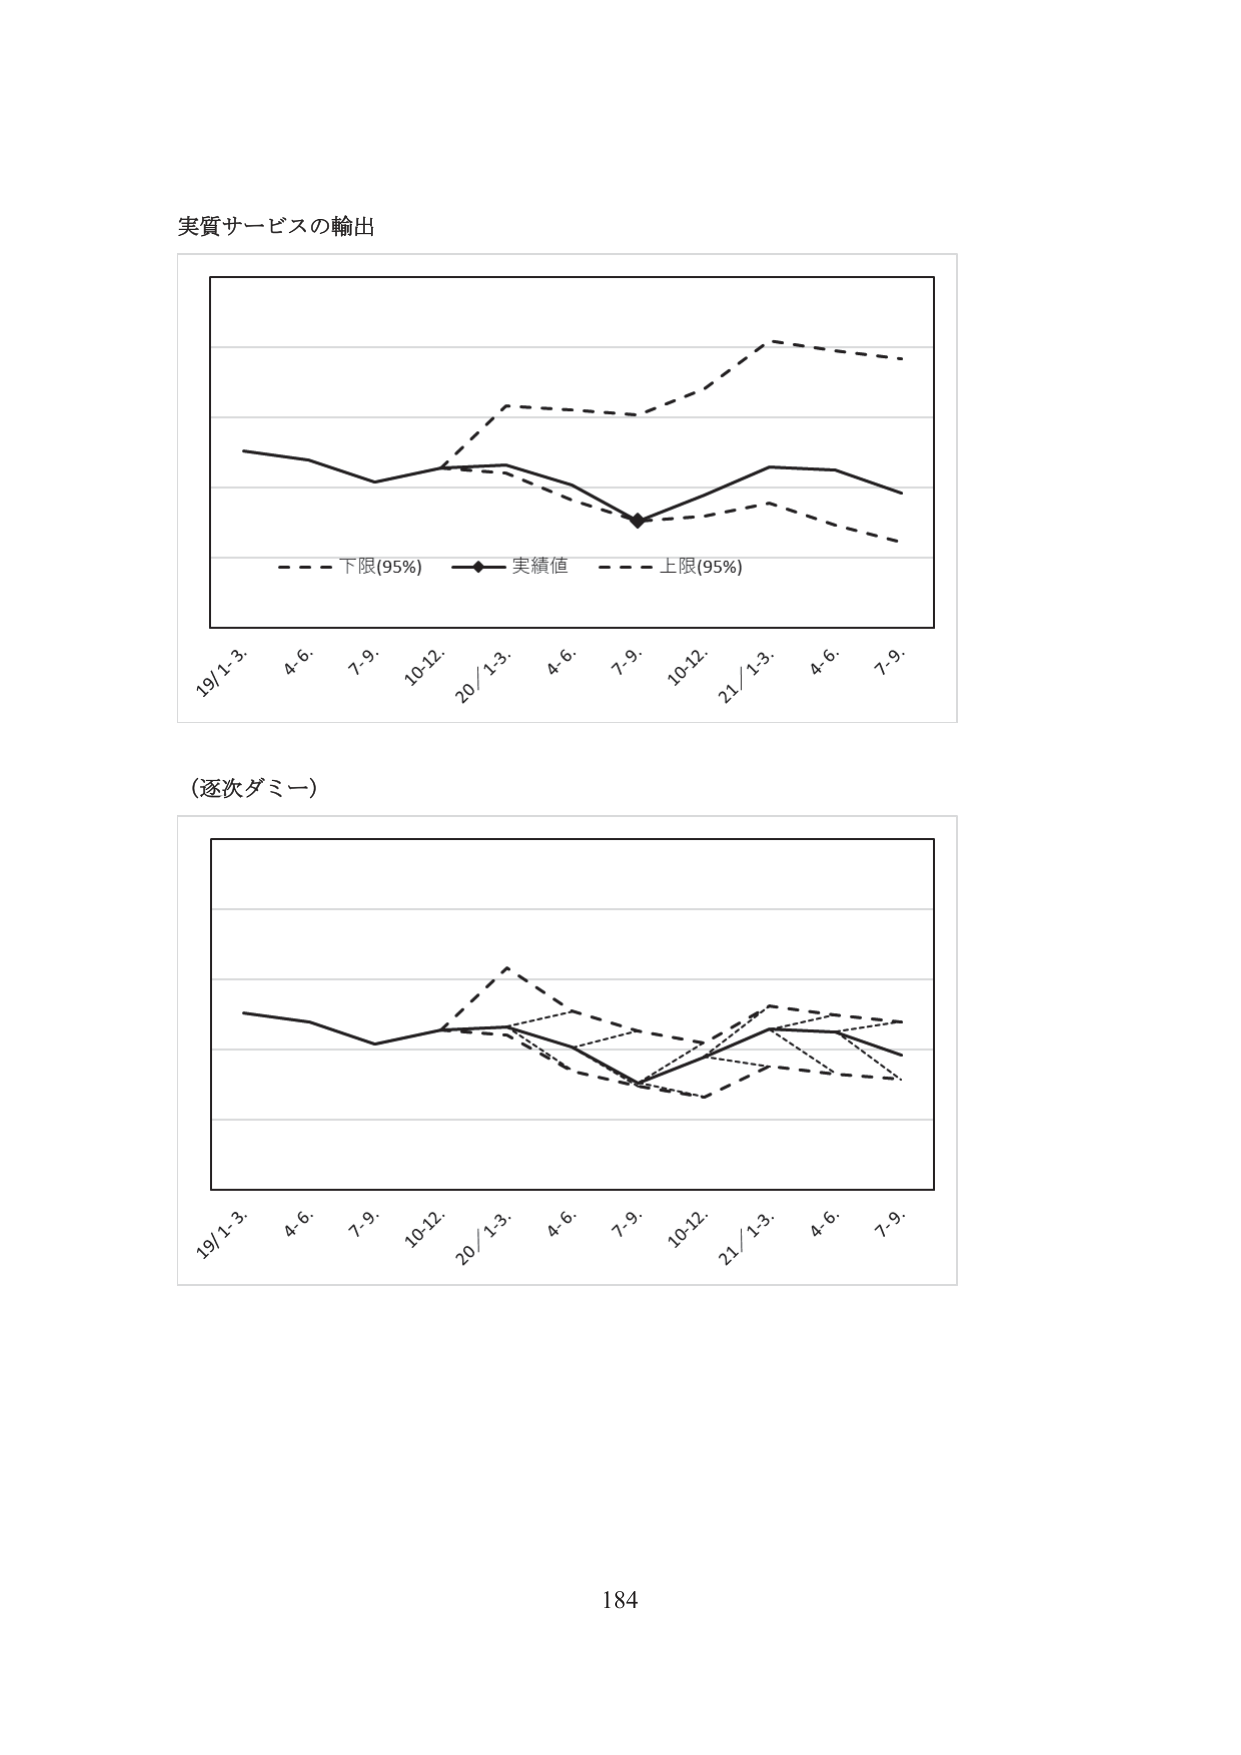
実質サービスの輸出

19/1-3. 4.6. 7.9. 10-12. 20/1-3. 4.6. 7.9. 10-12. 21/1-3. 4.6. 7.9.
- - - 下限(95%) - - - 実績値 - - - 上限(95%)

(逐次ダミー)

19/1-3. 4.6. 7.9. 10-12. 20/1-3. 4.6. 7.9. 10-12. 21/1-3. 4.6. 7.9.

184